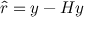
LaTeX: { \hat { r } } = y - H y